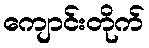
ကျောင်းတိုက်